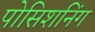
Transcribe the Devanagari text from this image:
पोसिशनिंग